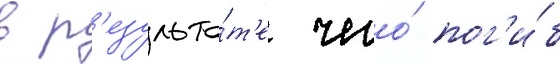
в р'езульта́т'е чего́ пог'и́б